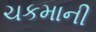
ચકમાની